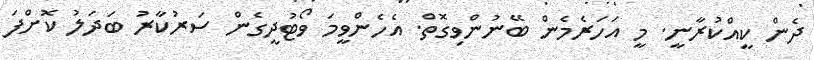
ދެން ކީއްކުރާނީ. މީ އަހަރެމެން ބޭނުންވިގޮތް. އެހެންވީމަ ވޯޓުދީގެން ސަރުކާރު ބަދަލު ކޮށްފަ